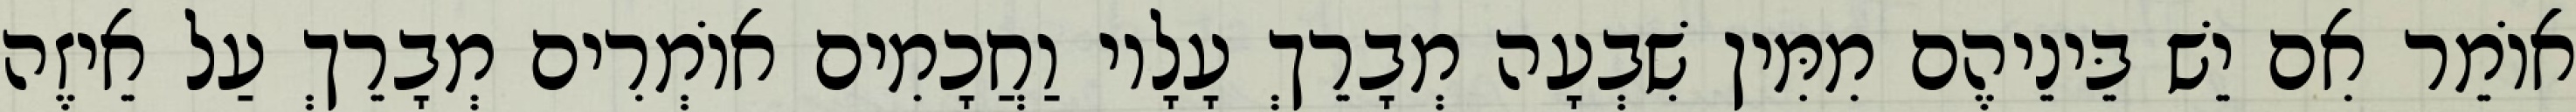
אוֹמֵר אִם יֵשׁ בֵּינֵיהֶם מִמִּין שִׁבְעָה מְבָרֵךְ עָלָיו וַחֲכָמִים אוֹמְרִים מְבָרֵךְ עַל אֵיזֶה